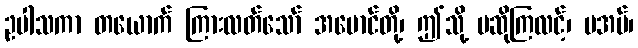
ဥပါသကာ တယောက် ကြားလတ်သော် အမောင်တို့၊ ဤသို့ မဆိုကြလင့်၊ မအပ်၊